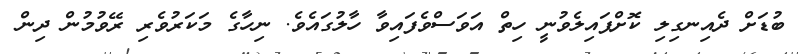
ބުޑަށް ދެއިނގިލި ކޮށްޕައިލެވުނީ ހިތް އަވަސްވެފައިވާ ހާލުގައެވެ. ނިހާގެ މަކަރުވެރި ރޭވުމުން ދިން